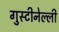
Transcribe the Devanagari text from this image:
गुस्टीनेल्ली